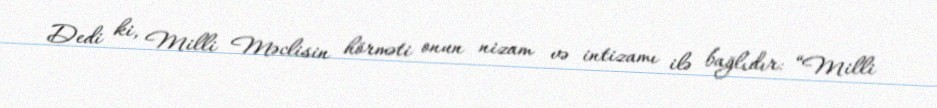
Dedi ki, Milli Məclisin hörməti onun nizam və intizamı ilə bağlıdır: “Milli